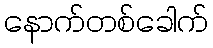
နောက်တစ်ခေါက်